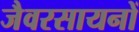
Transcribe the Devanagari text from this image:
जैवरसायनों